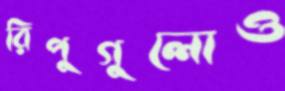
রিপুগুলোও